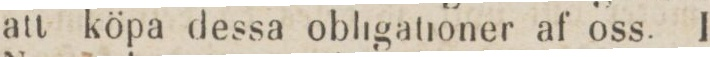
att köpa dessa obligationer af oss. I